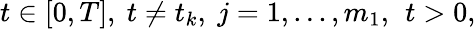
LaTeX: t\in[0,T],\ t\neq t_{k},\ j=1,...,m_{1},\, \ t>0,